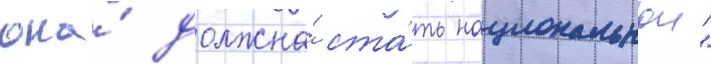
она́ должна́ ста́ть национальнои"